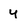
Character: y